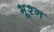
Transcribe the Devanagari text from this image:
भूश्न